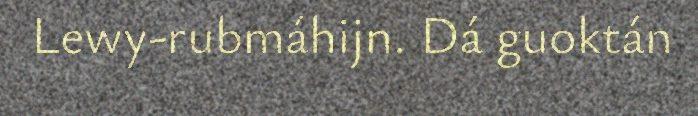
Lewy-rubmáhijn. Dá guoktán